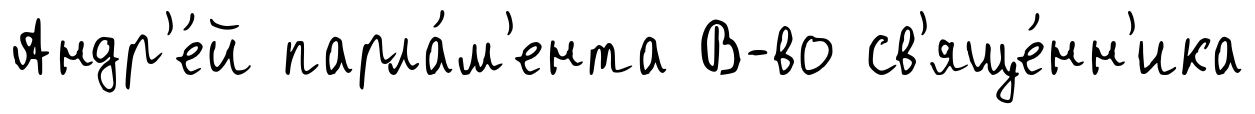
Андр'е́й парла́м'ента В-во св'яще́нн'ика